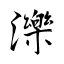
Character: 濼